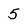
Character: 5